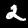
Digit: 2